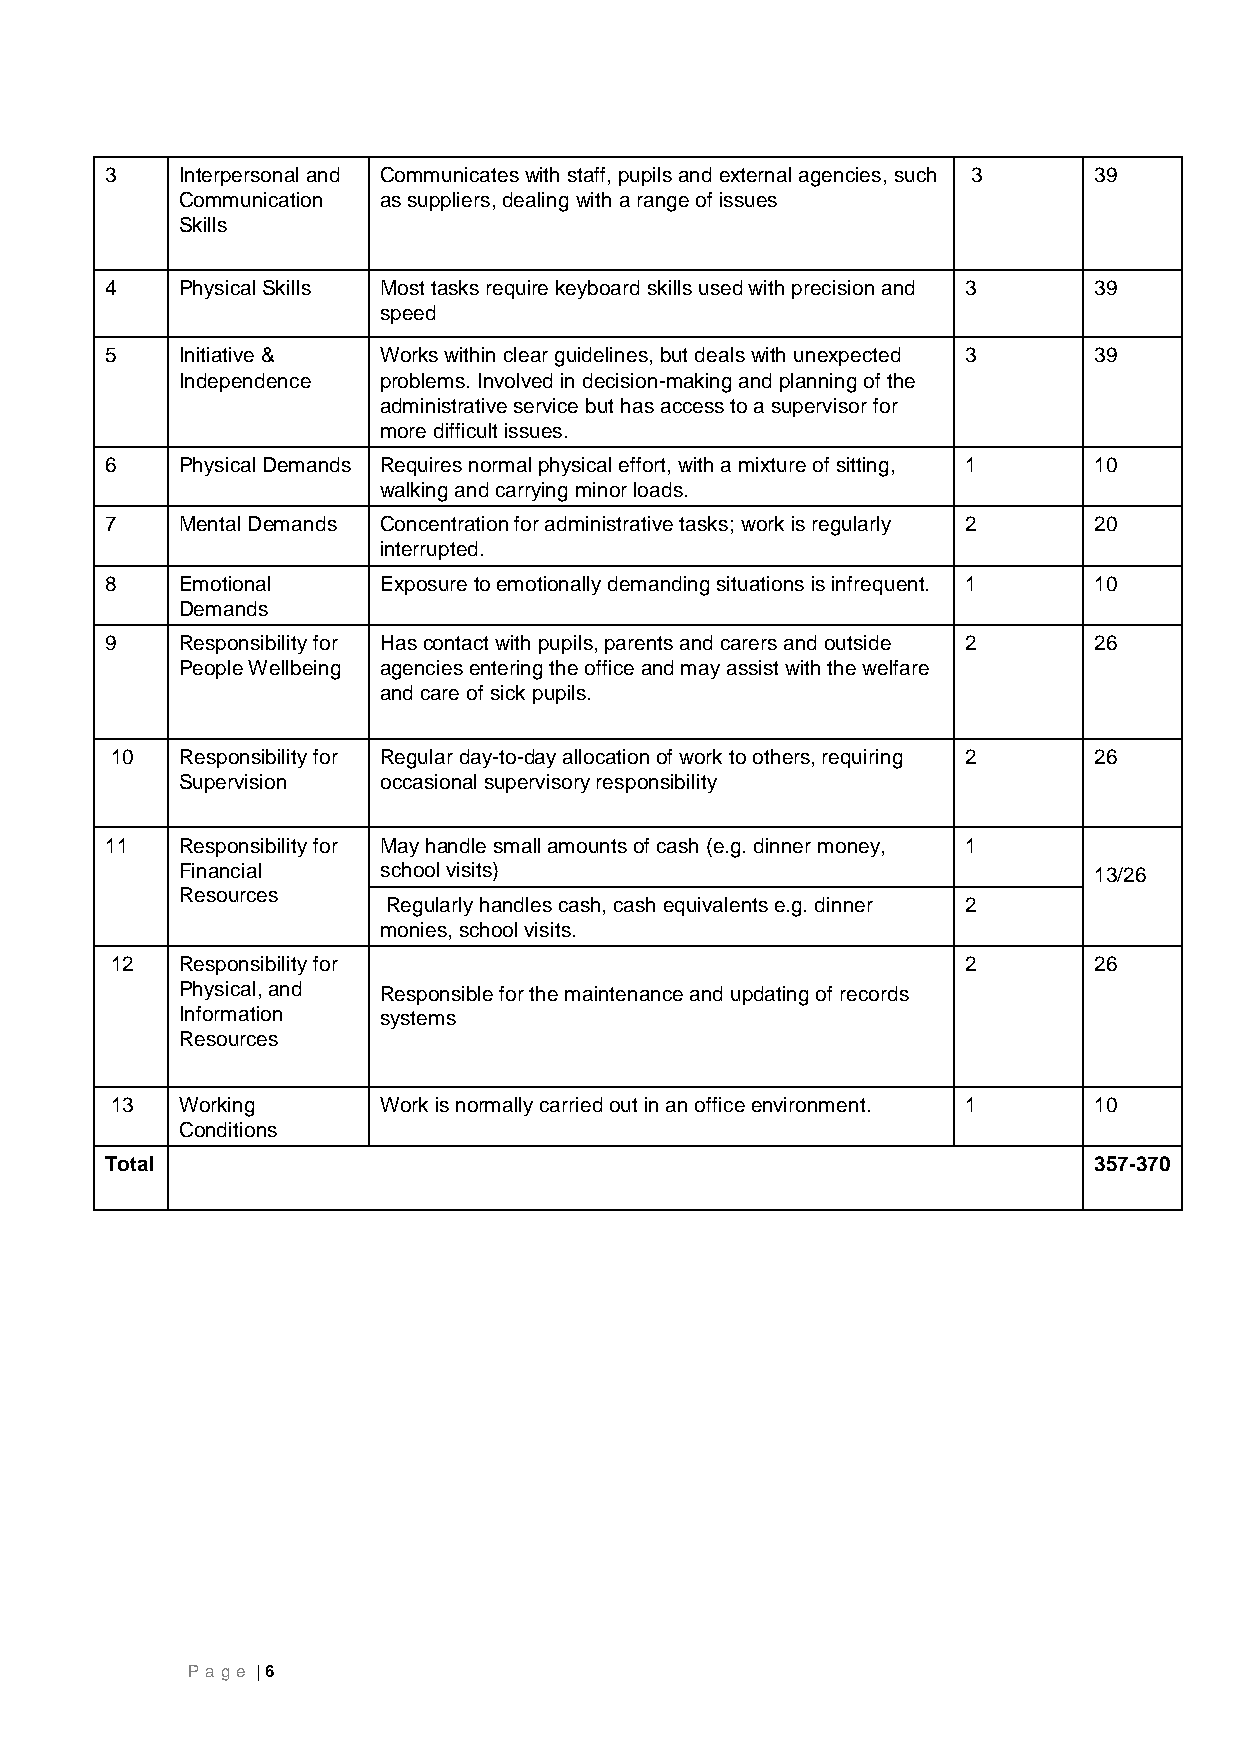
3    Interpersonal and Communicates with staff, pupils and external agencies, such 3 39
 Communication as suppliers, dealing with a range of issues
 Skills
 4    Physical Skills Most tasks require keyboard skills used with precision and 3 39
 speed
 5    Initiative & Works within clear guidelines, but deals with unexpected 3 39
 Independence problems. Involved in decision-making and planning of the
 administrative service but has access to a supervisor for
 more difficult issues.
 6    Physical Demands Requires normal physical effort, with a mixture of sitting, 1 10
 walking and carrying minor loads.
 7    Mental Demands Concentration for administrative tasks; work is regularly 2 20
 interrupted.
 8    Emotional    Exposure to emotionally demanding situations is infrequent. 1 10
 Demands
 9    Responsibility for Has contact with pupils, parents and carers and outside 2 26
 People Wellbeing agencies entering the office and may assist with the welfare
 and care of sick pupils.
 10   Responsibility for Regular day-to-day allocation of work to others, requiring 2 26
 Supervision  occasional supervisory responsibility
 11   Responsibility for May handle small amounts of cash (e.g. dinner money, 1
 Financial    school visits)                                 13/26
 Resources
 Regularly handles cash, cash equivalents e.g. dinner 2
 monies, school visits.
 12   Responsibility for                                  2       26
 Physical, and Responsible for the maintenance and updating of records
 Information  systems
 Resources
 13   Working      Work is normally carried out in an office environment. 1 10
 Conditions
 Total                                                            357-370
 P age | 6